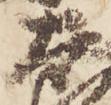
太